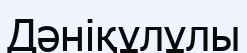
Дәніқұлұлы